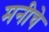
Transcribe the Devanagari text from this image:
मनीचे